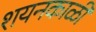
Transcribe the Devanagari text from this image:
शयनकाळी